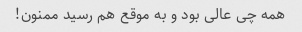
همه چی عالی بود و به موقع هم رسید ممنون!